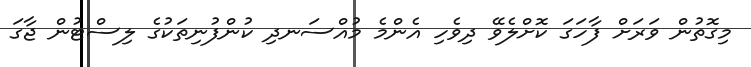
މިގޮތުން ވަރަށް ފާހަގަ ކޮށްލެވޭ ދިވެހި އެންމެ މުއްސަނދި ކުންފުނިތަކުގެ ލިސްޓުން ޖާގަ